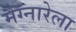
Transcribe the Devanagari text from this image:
मैग्नारेला